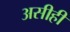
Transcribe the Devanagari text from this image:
असीही